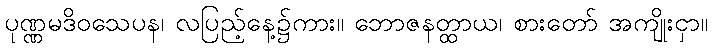
ပုဏ္ဏမဒိဝသေပန၊ လပြည့်နေ့၌ကား။ ဘောဇနတ္ထာယ၊ စားတော် အကျိုးငှာ။